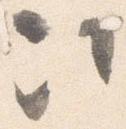
次